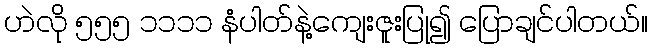
ဟဲလို ၅၅၅ ၁၁၁၁ နံပါတ်နဲ့ကျေးဇူးပြု၍ ပြောချင်ပါတယ်။